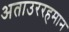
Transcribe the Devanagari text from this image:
अताउररहमान